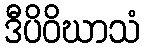
ဒီပိဝိဃာသံ